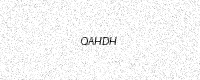
Text: QAHDH